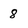
Character: 8